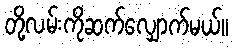
တို့လမ်းကိုဆက်လျှောက်မယ်။